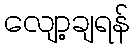
လျော့ချရန်